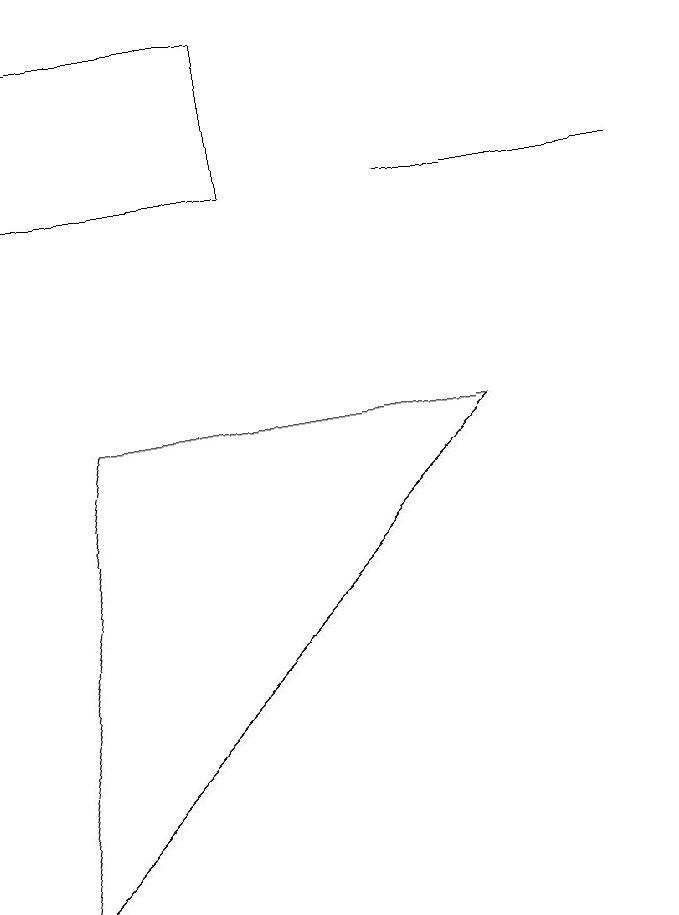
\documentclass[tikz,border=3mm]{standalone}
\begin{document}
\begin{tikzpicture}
\draw (4,12) rectangle (1,10);
\draw (1,1) -- (7,7) -- (2,7) -- cycle;
\draw (9,10) rectangle (6,10);
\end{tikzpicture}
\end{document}